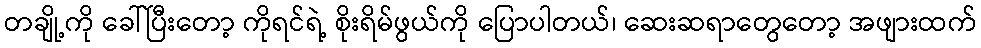
တချို့ကို ခေါ်ပြီးတော့ ကိုရင်ရဲ့ စိုးရိမ်ဖွယ်ကို ပြောပါတယ်၊ ဆေးဆရာတွေတော့ အဖျားထက်